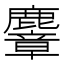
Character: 麞